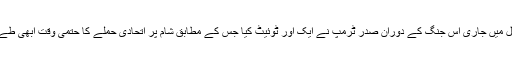
سلامتی کونسل میں جاری اس جنگ کے دوران صدر ٹرمپ نے ایک اور ٹوئیٹ کیا جس کے مطابق شام پر اتحادی حملے کا حتمی وقت ابھی طے نہیں کیا گیا۔